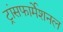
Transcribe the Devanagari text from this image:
ट्रांसफार्मेशनल